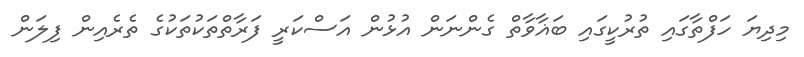
މިދިޔަ ހަފްތާގައި ތުރުކީގައި ބަޣާވާތް ގެންނަން އުޅުން އަސްކަރީ ފަރާތްތަކުތަކުގެ ތެރެއިން ފިލަން